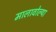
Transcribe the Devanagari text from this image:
मालावोल्या